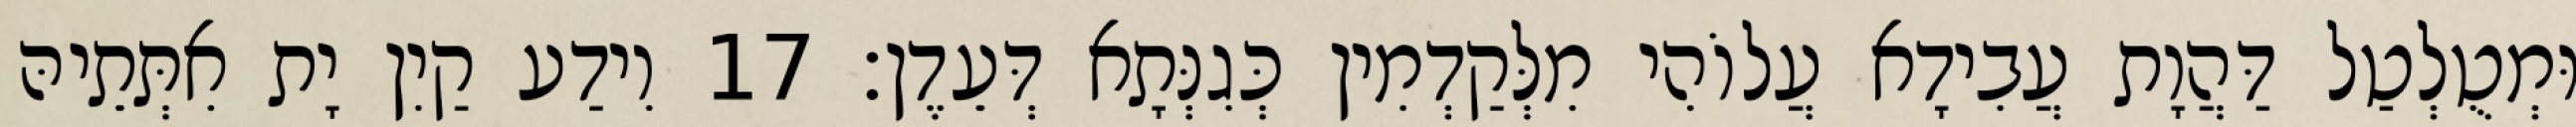
וּמְטֻלְטַל דַּהֲוָת עֲבִידָא עֲלוֹהִי מִלְּקַדְמִין כְּגִנְּתָא דְּעֵדֶן׃ 17 וִידַע קַיִן יָת אִתְּתֵיהּ